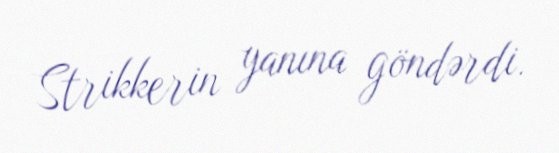
Strikkerin yanına göndərdi.